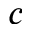
c